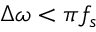
\Delta \omega < \pi f _ { s }